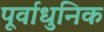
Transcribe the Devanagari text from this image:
पूर्वाधुनिक